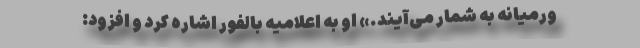
ورمیانه به شمار می‌آیند.» او به اعلامیه بالفور اشاره کرد و افزود: